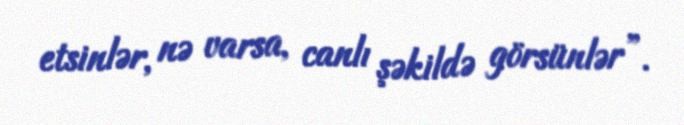
etsinlər, nə varsa, canlı şəkildə görsünlər”.